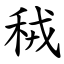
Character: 䄾